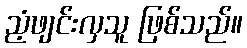
ညံ့ဖျင်းလှသူ ဖြစ်သည်။